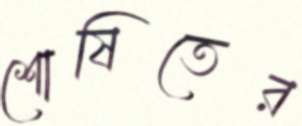
শোষিতের